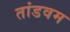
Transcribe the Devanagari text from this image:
तांडवम